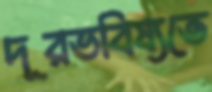
দূরভবিষ্যতে